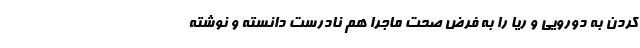
کردن به دورویی و ریا را به فرض صحت ماجرا هم نادرست دانسته و نوشته